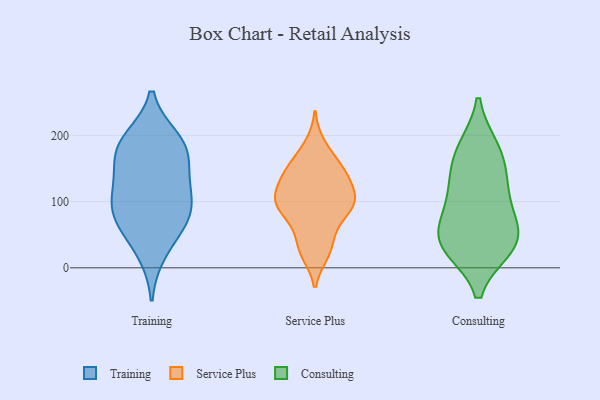
{"axis": {"x": "Headcount", "y": "Value"}, "legend": ["Consulting", "Service Plus", "Training"], "data": [{"x": "", "y": 75, "type": "Training"}, {"x": "", "y": 145, "type": "Training"}, {"x": "", "y": 176, "type": "Training"}, {"x": "", "y": 106, "type": "Training"}, {"x": "", "y": 23, "type": "Training"}, {"x": "", "y": 176, "type": "Training"}, {"x": "", "y": 64, "type": "Training"}, {"x": "", "y": 190, "type": "Training"}, {"x": "", "y": 100, "type": "Training"}, {"x": "", "y": 74, "type": "Training"}, {"x": "", "y": 124, "type": "Training"}, {"x": "", "y": 194, "type": "Training"}, {"x": "", "y": 159, "type": "Service Plus"}, {"x": "", "y": 20, "type": "Service Plus"}, {"x": "", "y": 130, "type": "Service Plus"}, {"x": "", "y": 110, "type": "Service Plus"}, {"x": "", "y": 47, "type": "Service Plus"}, {"x": "", "y": 21, "type": "Service Plus"}, {"x": "", "y": 139, "type": "Service Plus"}, {"x": "", "y": 88, "type": "Service Plus"}, {"x": "", "y": 117, "type": "Service Plus"}, {"x": "", "y": 53, "type": "Service Plus"}, {"x": "", "y": 94, "type": "Service Plus"}, {"x": "", "y": 116, "type": "Service Plus"}, {"x": "", "y": 158, "type": "Service Plus"}, {"x": "", "y": 188, "type": "Service Plus"}, {"x": "", "y": 147, "type": "Service Plus"}, {"x": "", "y": 91, "type": "Service Plus"}, {"x": "", "y": 84, "type": "Service Plus"}, {"x": "", "y": 95, "type": "Service Plus"}, {"x": "", "y": 83, "type": "Consulting"}, {"x": "", "y": 31, "type": "Consulting"}, {"x": "", "y": 42, "type": "Consulting"}, {"x": "", "y": 179, "type": "Consulting"}, {"x": "", "y": 35, "type": "Consulting"}, {"x": "", "y": 145, "type": "Consulting"}, {"x": "", "y": 35, "type": "Consulting"}, {"x": "", "y": 127, "type": "Consulting"}, {"x": "", "y": 55, "type": "Consulting"}, {"x": "", "y": 180, "type": "Consulting"}, {"x": "", "y": 103, "type": "Consulting"}]}